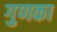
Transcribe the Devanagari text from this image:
गुणका